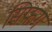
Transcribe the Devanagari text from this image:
सिफंग